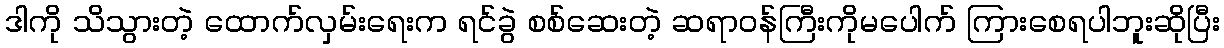
ဒါကို သိသွားတဲ့ ထောက်လှမ်းရေးက ရင်ခွဲ စစ်ဆေးတဲ့ ဆရာဝန်ကြီးကိုမပေါက် ကြားစေရပါဘူးဆိုပြီး